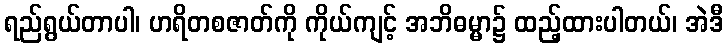
ရည်ရွယ်တာပါ၊ ဟရိတစဇာတ်ကို ကိုယ်ကျင့် အဘိဓမ္မာ၌ ထည့်ထားပါတယ်၊ အဲဒီ